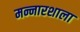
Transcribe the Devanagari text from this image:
मन्नारशाला